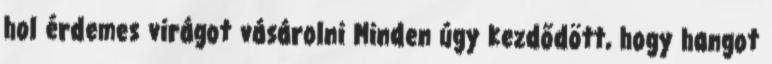
hol érdemes virágot vásárolni Minden úgy kezdődött, hogy hangot